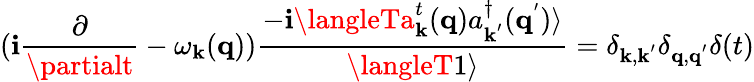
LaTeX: (\mathbf{i}\frac{{\partial}}{{\partialt}}-\omega_{{\mathbf{{k}}}}({\mathbf{{q}}}))\frac{{-\mathbf{i}\langleTa_{{\mathbf{{k}}}}^{t}({\mathbf{{q}}})a_{{\mathbf{{k}}}^{'}}^{\dagger}({\mathbf{{q}}}^{'})\rangle}}{{\langleT1\rangle}}=\delta_{{\mathbf{{k}}},{\mathbf{{k}}}^{'}}\delta_{{\mathbf{{q}}},{\mathbf{{q}}}^{'}}\delta(t)